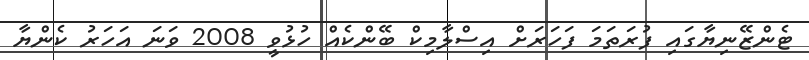
ޓެންޒޭނިޔާގައި ފުރަތަމަ ފަހަރަށް އިސްލާމިކް ބޭންކެއް ހުޅުވީ 2008 ވަނަ އަހަރު ކެންޔާ